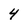
Character: 4